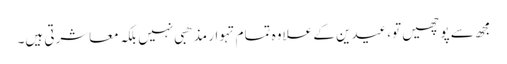
مجھ سے پوچھیں تو،عیدین کے علاوہ تمام تہوار مذھبی نہیں بلکہ معاشرتی ہیں۔